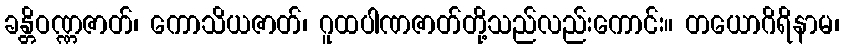
ခန္တိဝဏ္ဏဇာတ်၊ ကောသိယဇာတ်၊ ဂူထပါဏဇာတ်တို့သည်လည်းကောင်း။ တယောဂိရိနာမ၊